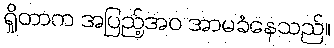
ရှိုတာက အပြည့်အဝ အာမခံနေသည်။